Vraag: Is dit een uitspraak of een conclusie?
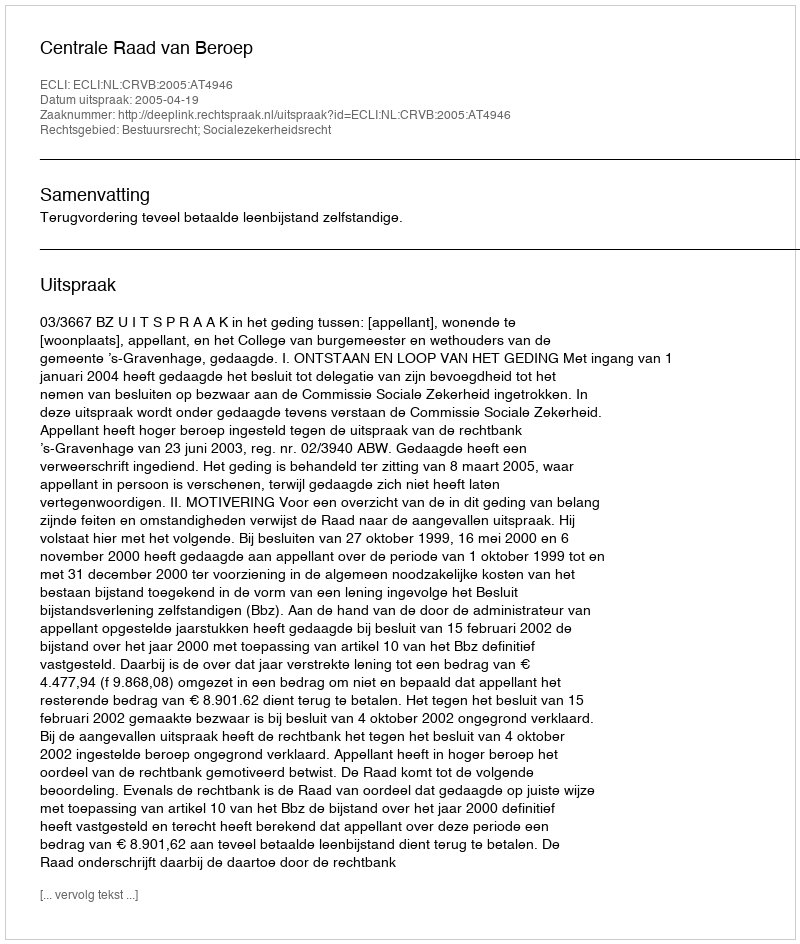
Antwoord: Uitspraak